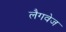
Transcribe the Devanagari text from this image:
लैगवेज